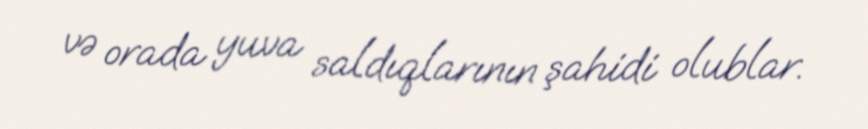
və orada yuva saldıqlarının şahidi olublar.